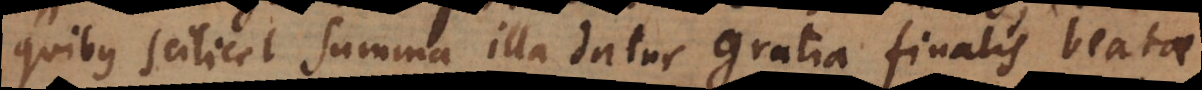
quibus scilicet summa illa datur gratia finalis beatae